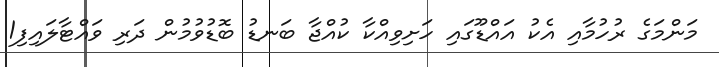
މަންމަގެ ރުހުމާއި އެކު އައްޑޫގައި ހަށިވިއްކާ ކުއްޖާ ބަނޑު ބޮޑުވުމުން ދަރި ވައްޓާލައިފި1